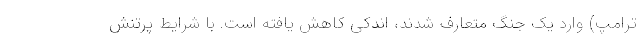
ترامپ) وارد یک جنگ متعارف شدند، اندکی کاهش یافته است. با شرایط پرتنش